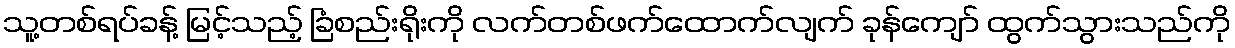
သူ့တစ်ရပ်ခန့် မြင့်သည့် ခြံစည်းရိုးကို လက်တစ်ဖက်ထောက်လျက် ခုန်ကျော် ထွက်သွားသည်ကို